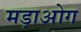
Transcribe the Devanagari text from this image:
मड़ाओग